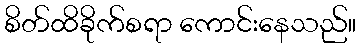
စိတ်ထိခိုက်စရာ ကောင်းနေသည်။